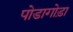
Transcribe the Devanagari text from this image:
पोडागोड़ा